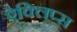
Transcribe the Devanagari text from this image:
ऐक्लिप्स